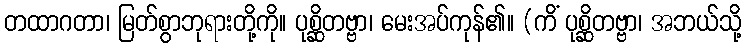
တထာဂတာ၊ မြတ်စွာဘုရားတို့ကို။ ပုစ္ဆိတဗ္ဗာ၊ မေးအပ်ကုန်၏။ (ကိံ ပုစ္ဆိတဗ္ဗာ၊ အဘယ်သို့